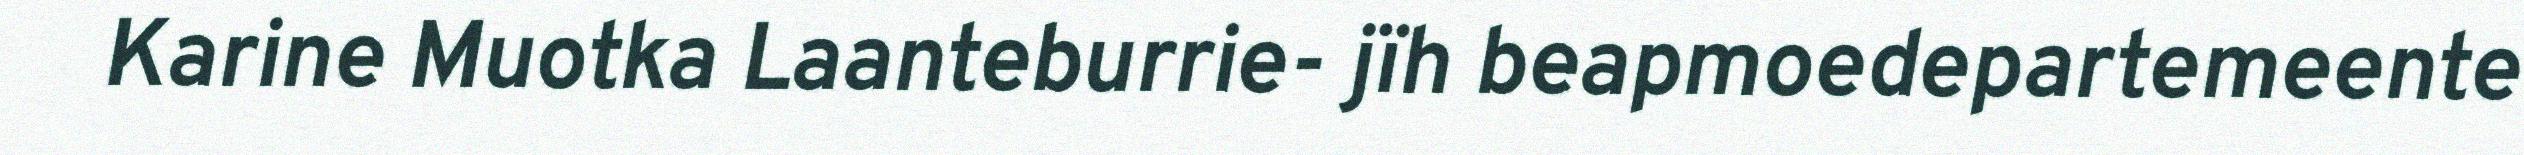
Karine Muotka Laanteburrie- jïh beapmoedepartemeente